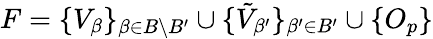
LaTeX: F=\{ V_{\beta}\} _{\beta\in B\setminus B^{\prime}}\cup\{ \tilde{V}_{\beta^{\prime}}\} _{\beta^{\prime}\in B^{\prime}}\cup\{ O_{p}\}